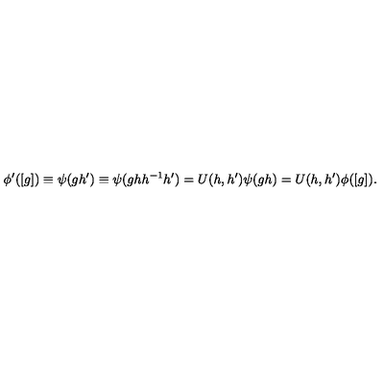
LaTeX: \phi ^ { \prime } ( [ g ] ) \equiv \psi ( g h ^ { \prime } ) \equiv \psi ( g h h ^ { - 1 } h ^ { \prime } ) = U ( h , h ^ { \prime } ) \psi ( g h ) = U ( h , h ^ { \prime } ) \phi ( [ g ] ) .